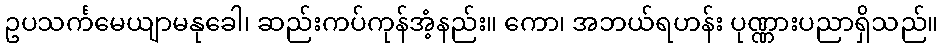
ဥပသင်္ကမေယျာမနုခေါ၊ ဆည်းကပ်ကုန်အံ့နည်း။ ကော၊ အဘယ်ရဟန်း ပုဏ္ဏားပညာရှိသည်။